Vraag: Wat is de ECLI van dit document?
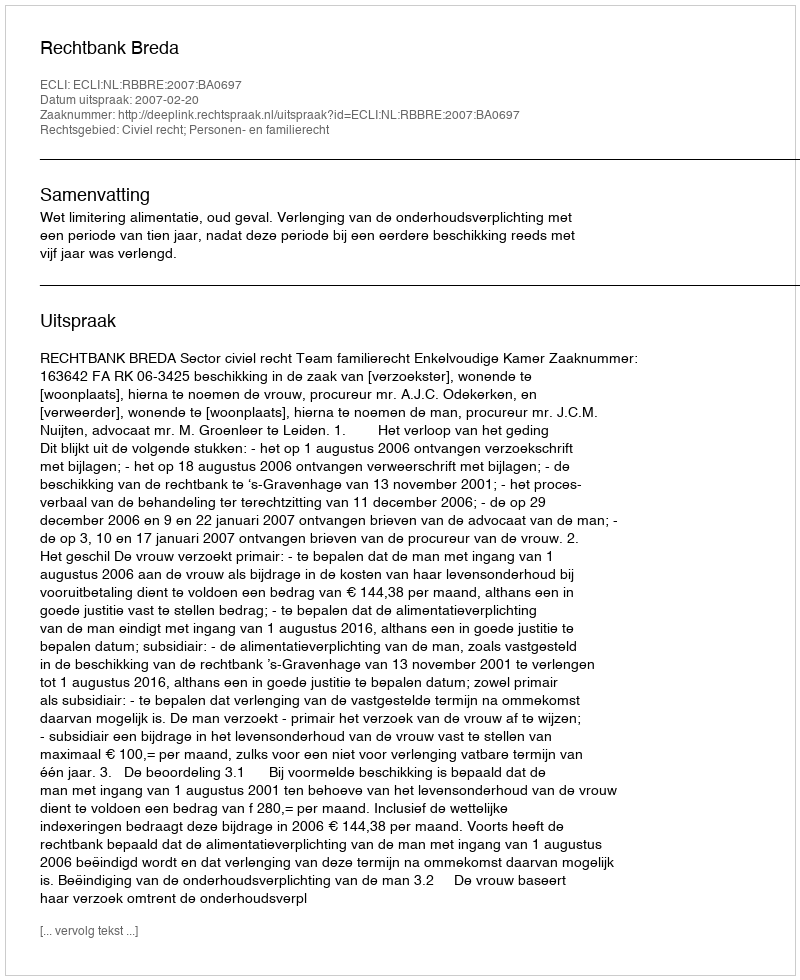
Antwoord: ECLI:NL:RBBRE:2007:BA0697